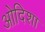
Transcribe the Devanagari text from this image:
ओदिशा